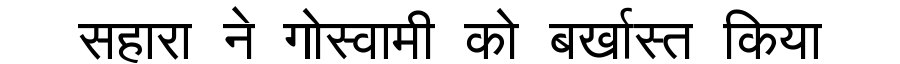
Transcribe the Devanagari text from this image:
सहारा ने गोस्वामी को बर्खास्त किया